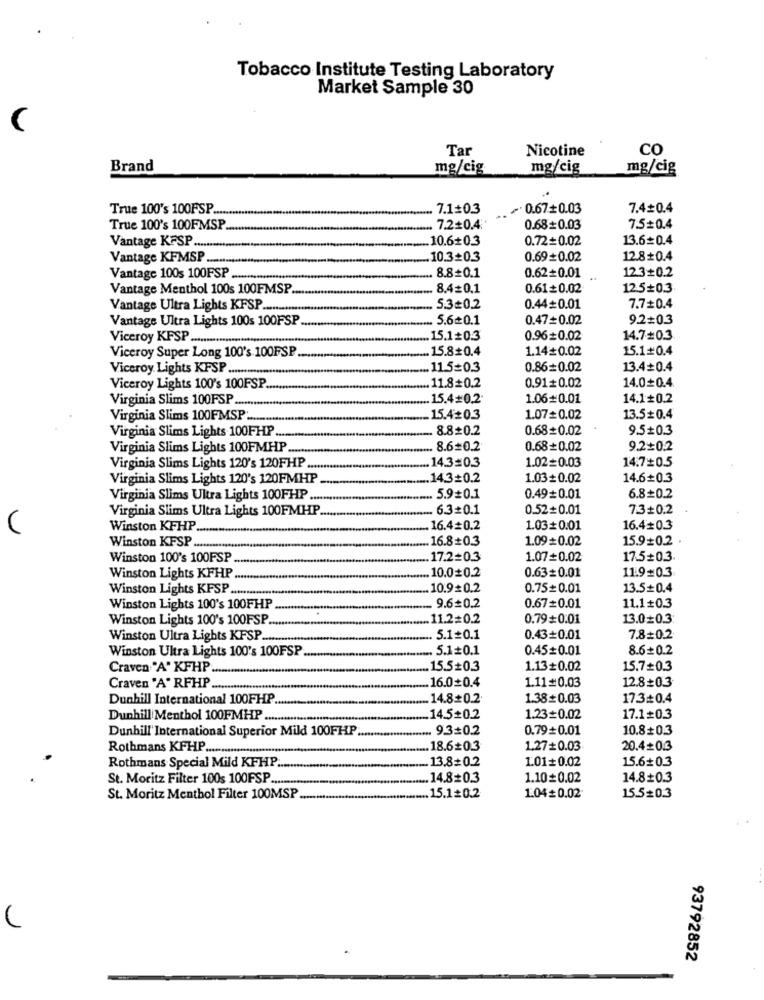
Tobacco Institute Testing Laboratory
Market Sample 30
(
Tar
Nicotine
co
Brand
mg/cig
mg/cig
mg/cig
True 100's 100FSP ...
7.1+0.3
~0.67 0.03
7.4+0.4
True 100's 100FMSP ..
7.2+0.4
0.68+0.03
7.5=0.4
Vantage KFSP .......
.10.6+0.3
0.72=0.02
13.6=0.4
Vantage KFMSP ..
10.3+0.3
0.69+0.02
12.8+0.4
Vantage 100s 100FSP ....
8.8+0.1
0.62+0.01
12.3+0.2
Vantage Menthol 100s 100FMSP.
8.4=0.1
0.61+0.02
12.5=0.3
Vantage Ultra Lights KFSP.
5.30.2
0.44=0.01
7.7+0.4
Vantage Ultra Lights 100s 100FSP
5.60.1
0.47=0.02
9.2+0.3
Viceroy KFSP ..................
.15.1=0.3
0.96=0.02
14.7#0.3
Viceroy Super Long 100's 100FSP
15.8+0.4
1.14+0.02
15.1#0.4
Viceroy Lights KPSP ............
11.5=0.3
0.86=0.02
13.4=0.4
14.00.4.
Viceroy Lights 100's 100FSP
11.8#0.2
0.91+0.02
Virginia Slims 100FSP
.15.4=0.2
1.06#0.01
14.1+0.2
Virginia Slims 100FMSP :
15.4#0.3
1.07=0.02
13.50.4
Virginia Slims Lights 100FHP
8.8=0.2
0.68+0.02
9.5+0.3
Virginia Slims Lights 100FMHP
8.6#0.2
0.68+0.02
9.2+0.2
14.3=0.3
1.02=0.03
14.7+0.5
Virginia Slims Lights 120's 120FHP
Virginia Slims Lights 120's 120FMHP
14.3+0.2
1.03+0.02
14.6+0.3
Virginia Slims Ultra Lights 100FHP ....
.5.9#0.1
0.49+0.01
6.8+0.2
Virginia Slims Ultra Lights 100FMHP
6.3+0.1
0.52+0.01
7.3+0.2
Winston KFHP
16.4#0.2
1.03+0.01
16.40.3
16.8+0.3
1.09+0.02
15.9+0.2
Winston KFSP ...
Winston 100's 100FSP
17.2=0.3
1.07+0.02
17.5+0.3.
10.00.2
11.9=0.3
Winston Lights KFHP
0.63=0.01
Winston Lights KFSP
10.90.2
0.75+0.01
13.5+0.4
Winston Lights 100's 100FHP
9.6#0.2
0.67#0.01
11.1+0.3
Winston Lights 100's 100FSP
.11.2=0.2
0.79+0.01
13.00.3
Winston Ultra Lights KFSP
5.1+0.1
0.43+0.01
7.8+0.2
Winston Ultra Lights 100's 100FSP
5.1+0.1
0.45#0.01
8.6+0.2
Craven "A" KFHP ...
15.5#0.3
1.13+0.02
15.7+0.3
16.00.4
1.11#0.03
Craven "A" RFHP ......
12.8+0.3
Dunhill International 100FHP
14.8+0.2.
1.38# 0.03
17.3=0.4
Dunhill Menthol 100FMHP .....
14.5+0.2
1.23=0.02
17.1=0.3
Dunhill International Superior Mild 100FHP ...
.. 9.3=0.2
0.79+0.01
10.80.3
Rothmans KFHP ..............
18.6#0.3
1.27#0.03
20.4+0.3
13.8=0.2
1.01= 0.02
15.6+0.3
Rothmans Special Mild KFHP ...
St. Moritz Filter 100s 100FSP .....
.. 14.80.3
1.10=0.02
14.8+0.3
St. Moritz Menthol Filter 100MSP
.. 15.1+0.2
1.04=0.02
15.5=0.3
93792852